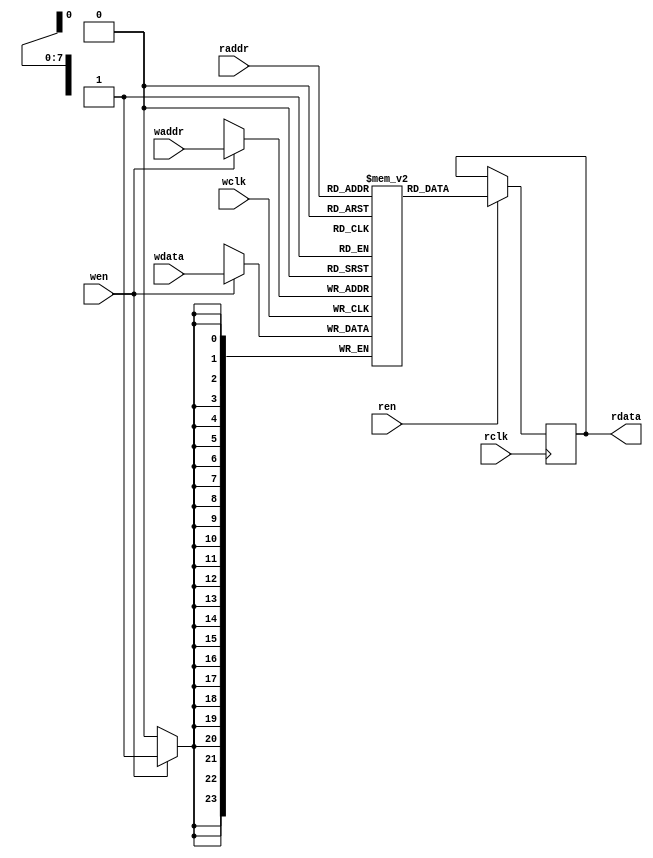
/**********************************************************************
 * DO WHAT THE FUCK YOU WANT TO AND DON'T BLAME US PUBLIC LICENSE     *
 *                    Version 3, April 2008                           *
 *                                                                    *
 * Copyright (C) 2021 Luke Wren                                       *
 *                                                                    *
 * Everyone is permitted to copy and distribute verbatim or modified  *
 * copies of this license document and accompanying software, and     *
 * changing either is allowed.                                        *
 *                                                                    *
 *   TERMS AND CONDITIONS FOR COPYING, DISTRIBUTION AND MODIFICATION  *
 *                                                                    *
 * 0. You just DO WHAT THE FUCK YOU WANT TO.                          *
 * 1. We're NOT RESPONSIBLE WHEN IT DOESN'T FUCKING WORK.             *
 *                                                                    *
 *********************************************************************/

module dvi_palette_mem #(
	parameter W_ADDR = 8,
	parameter W_DATA = 24
) (
	input  wire              wclk,
	input  wire              wen,
	input  wire [W_ADDR-1:0] waddr,
	input  wire [W_DATA-1:0] wdata,

	input  wire              rclk,
	input  wire              ren,
	input  wire [W_ADDR-1:0] raddr,
	output reg  [W_DATA-1:0] rdata
);

reg [W_DATA-1:0] mem [0:(1 << W_ADDR) - 1];

always @ (posedge wclk)
	if (wen)
		mem[waddr] <= wdata;

always @ (posedge rclk)
	if (ren)
		rdata <= mem[raddr];

endmodule